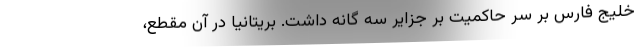
خلیج فارس بر سر حاکمیت بر جزایر سه گانه داشت. بریتانیا در آن مقطع،